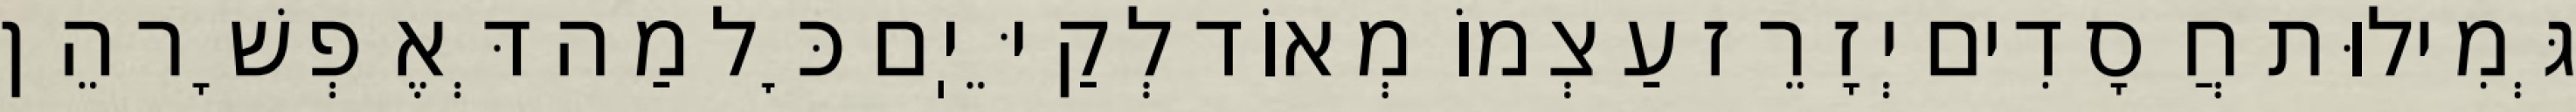
גְּמִילוּת חֲסָדִים יְזָרֵז עַצְמוֹ מְאוֹד לְקַיֵּיֽם כׇּל מַה דְּאֶפְשָׁר הֵן